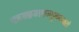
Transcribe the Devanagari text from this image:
पठन्स्मरन्ब्रुवन्नरो